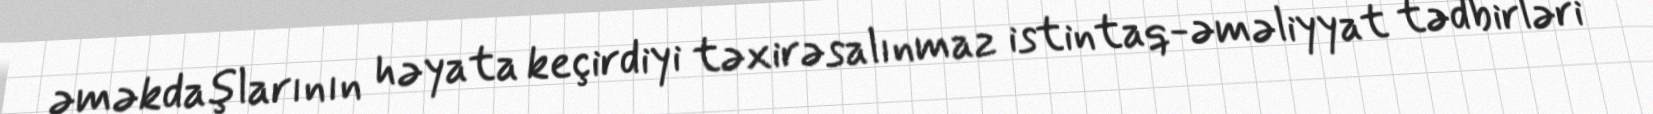
əməkdaşlarının həyata keçirdiyi təxirəsalınmaz istintaq-əməliyyat tədbirləri